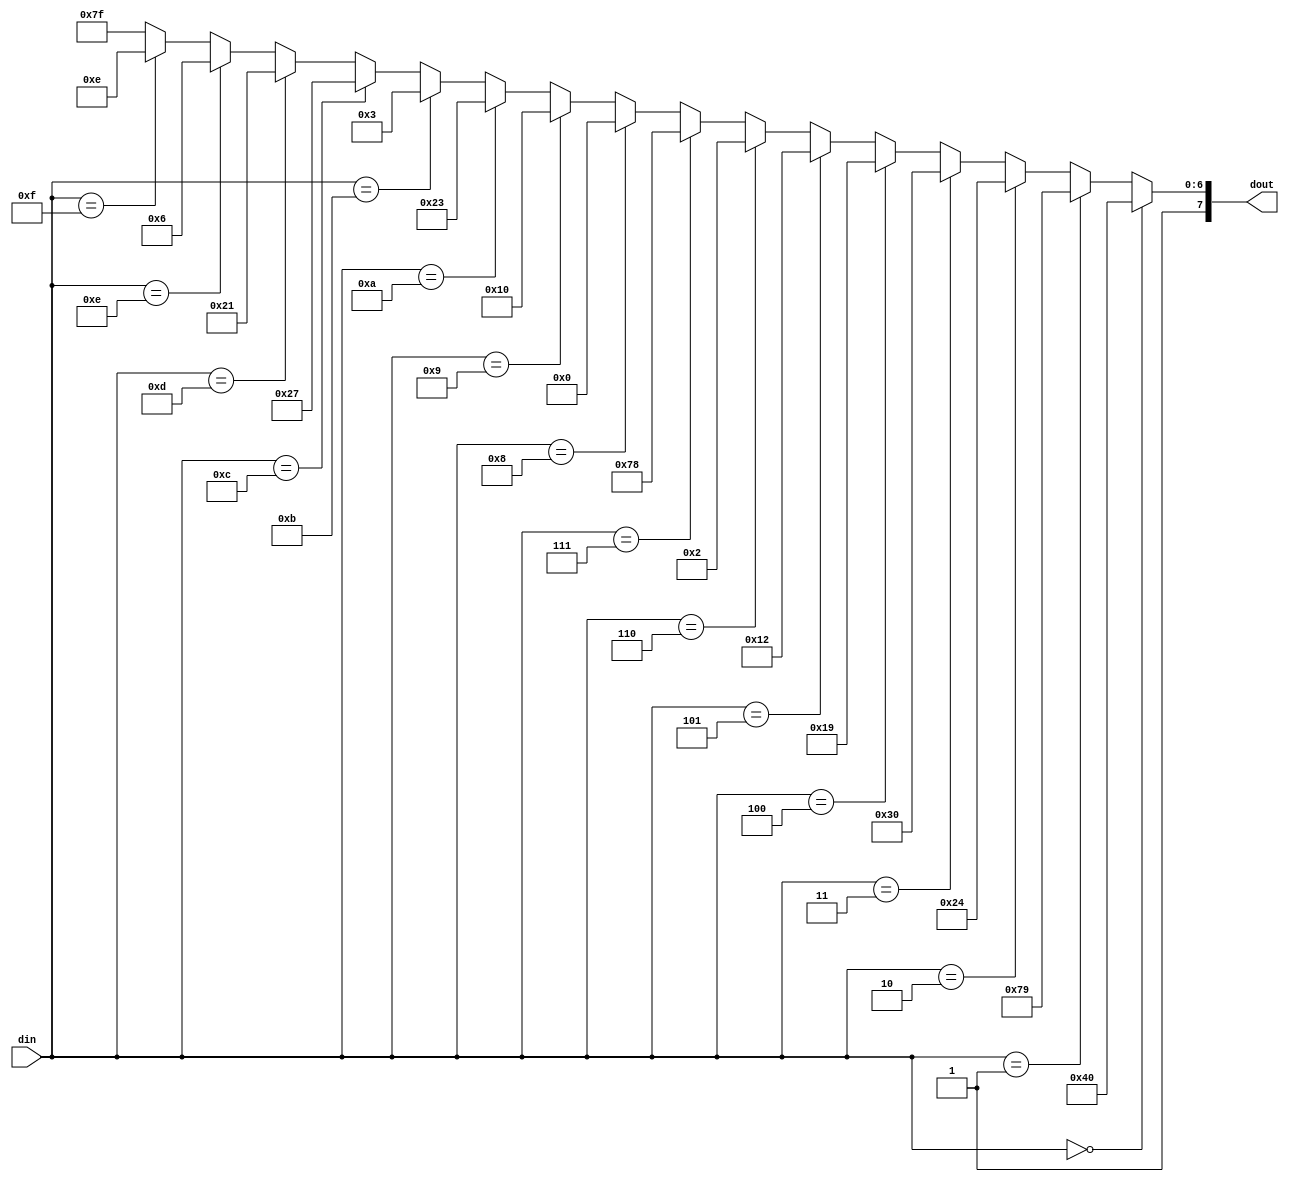
module BCD7(
	din,
	dout
);
input 	[3:0]	din;
output 	[7:0] 	dout;

wire [7:0] dout;

assign	dout=(din==4'h0)?8'b11000000:
             (din==4'h1)?8'b11111001:
             (din==4'h2)?8'b10100100:
             (din==4'h3)?8'b10110000:
             (din==4'h4)?8'b10011001:
             (din==4'h5)?8'b10010010:
             (din==4'h6)?8'b10000010:
             (din==4'h7)?8'b11111000:
             (din==4'h8)?8'b10000000:
             (din==4'h9)?8'b10010000:
             (din==4'ha)?8'b10100011:
             (din==4'hb)?8'b10000011:
             (din==4'hc)?8'b10100111:
             (din==4'hd)?8'b10100001:
             (din==4'he)?8'b10000110:
             (din==4'hf)?8'b10001110:8'b11111111;
endmodule